Indian journal of veterinary science and animal husbandry - Volume 14,
Year: 1944
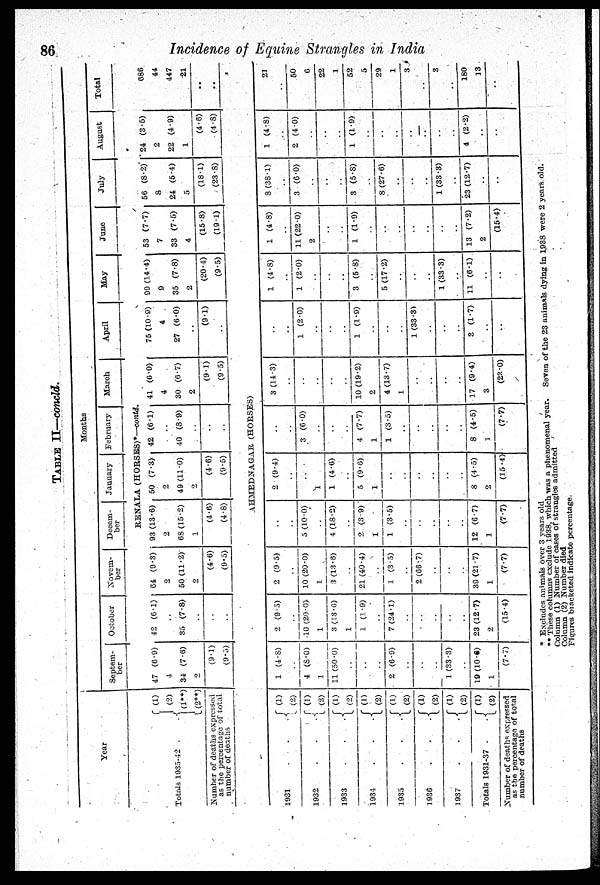
86
Incidence of Equine Strangles in India
TABLE II—concld.
Year
Totals 1935-42
Number of deaths expressed
as the percentage of total
number of deaths
1931 . . .
1932 . . .
1933 . . .
1934 . . .
1935 . . .
1936 . . .
1937 . . .
Totals 1931-37 . .
Number of deaths expressed
as the percentage of total
number of deaths
(1)
(2)
(1**)
(2**)
Months
Septem-
ber
October
Novem-
ber
Decem-
ber
January
February
March
April
May
June
July
August
Total
RENALA (HORSES)*—contd.
47 (6.9)
4
34 (7.6)
2
(9.1)
(9.5)
42 (6.1)
35 (7.8)
..
..
..
64 (9.3)
2
50 (11.2)
2
(4.6)
(9.5)
93 (13.6)
2
68 (15.2)
1
(4.6)
(4.8)
50 (7.3)
2
49 (11.0)
2
(4.6)
(9.5)
42 (6.1)
40 (8.9)
..
..
..
41 (6.0)
4
30 (6.7)
2
(9.1)
(9.5)
75 (10.9)
4
27 (6.0)
..
(9.1)
..
99 (14.4)
9
35 (7.8)
2
(20.4)
(9.5)
53 (7.7)
7
33 (7.5)
4
(15.8)
(19.1)
56 (8.2)
8
24 (5.4)
5
(18.1)
(23.8)
24 (3.5)
2
22 (4.9)
1
(4.6)
(4.8)
686
44
447
21
..
..
AHMEDNAGAR (HORSES)
(1)
(2)
(1)
(2)
(1)
(2)
(1)
(2)
(1)
(2)
(1)
(2)
(1)
(2)
(1)
(2)
1 (4.8)
..
4 (8.0)
1
11 (50.0)
..
..
..
2 (6.9)
..
..
..
1 (33.3)
..
19 (10.6)
1
(7.7)
2 (9.5)
..
10 (29.0)
1
3 (13.6)
1
1 (1.9)
..
7 (24.1)
..
..
..
..
..
23 (12.7)
2
(15.4)
2 (9.5)
..
10 (20.0)
1
3 (13.6)
..
21 (40.4)
..
1 (3.5)
..
2 (66.7)
..
..
..
39 (21.7)
1
(7.7)
..
..
5 (10.0)
..
4 (18.2)
..
2 (3.9)
1
1 (3.5)
..
..
..
..
..
12 (6.7)
1
(7.7)
2 (9.4)
..
..
1
1 (4.6)
..
5 (9.6)
1
..
..
..
..
..
..
8 (4.5)
2
(15.4)
..
..
3 (6.0)
..
..
..
4 (7.7)
1
1 (3.5)
..
..
..
..
..
8 (4.5)
1
(7.7)
3 (14.3)
..
..
..
..
..
10 (19.2)
2
4 (13.7)
1
..
..
..
..
17 (9.4)
3
(23.0)
..
..
1 (2.0)
..
..
..
1 (1.9)
..
..
..
1 (33.3)
..
..
..
3 (1.7)
..
..
1 (4.8)
..
1 (2.0)
..
..
..
3 (5.8)
..
5 (17.2)
..
..
..
1 (33.3)
..
11 (6.1)
..
..
1 (4.8)
..
11 (22.0)
2
..
..
1 (1.9)
..
..
..
..
..
..
..
13 (7.2)
2
(15.4)
8 (38.1)
..
3 (6.0)
..
..
..
3 (5.8)
..
8 (27.6)
..
..
1 (33.3)
..
23 (12.7)
..
..
1 (4.8)
..
2 (4.0)
..
..
..
1 (1.9)
..
..
..
..
..
..
..
4 (2.2)
..
..
21
..
50
..
22
..
52
5
29
1
3
..
3
..
180
13
..
* Excludes animals over 3 years old
** These columns exclude 1938 which was a phenomenal year.
Seven of the 23 animals dying in 1938 were 2 years old.
Column (1) Number of cases of strangles admitted
Column (2) Number died
Figures bracketed indicate percentage